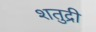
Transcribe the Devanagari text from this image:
शतुद्री